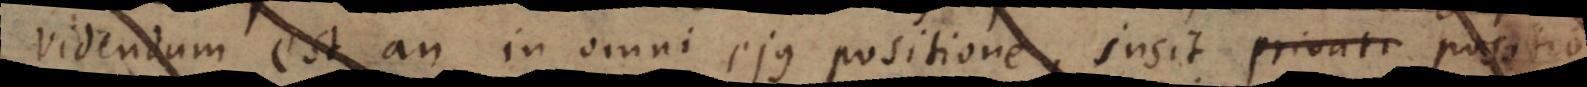
videndum est an in omni ejus positione, insit privati positio